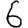
Digit: 6